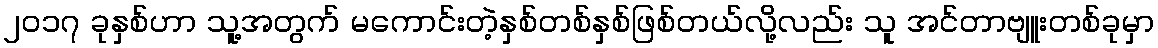
၂၀၁၇ ခုနှစ်ဟာ သူ့အတွက် မကောင်းတဲ့နှစ်တစ်နှစ်ဖြစ်တယ်လို့လည်း သူ အင်တာဗျူးတစ်ခုမှာ